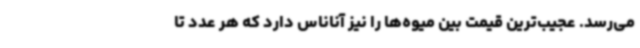
می‌رسد. عجیب‌ترین قیمت بین میوه‌ها را نیز آناناس دارد که هر عدد تا